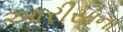
આરીસાના